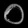
Digit: ၀